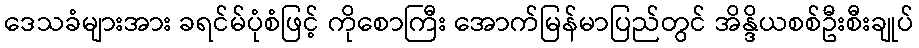
ဒေသခံများအား ခရင်မ်ပုံစံဖြင့် ကိုစောကြီး အောက်မြန်မာပြည်တွင် အိန္ဒိယစစ်ဦးစီးချုပ်